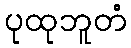
ပုထုဘူတံ